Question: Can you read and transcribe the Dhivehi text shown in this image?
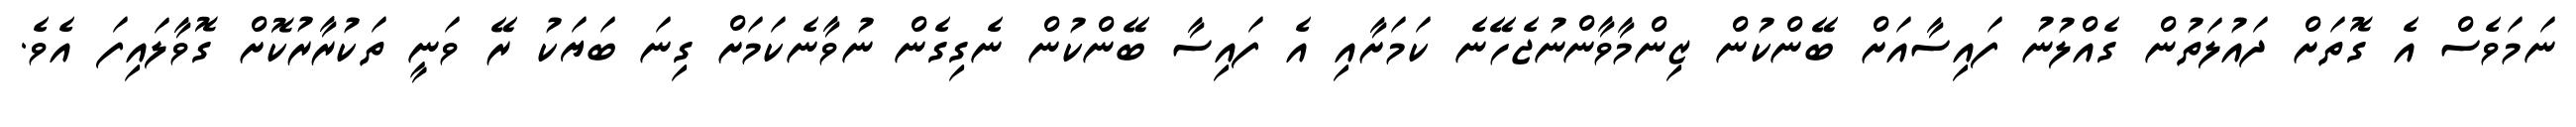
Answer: ނަމަވެސް އެ ގޮތަށް ދައުލަތުން ގެއްލުނު ފައިސާއަށް ބޭންކުން ޒިންމާވާންނުޖެހޭނެ ކަމަށާއި އެ ފައިސާ ބޭންކުން ނެގިގެން ނުވާނެކަމަށް ގިނަ ބަޔަކު ރޭ ވަނީ ތަކުރާރުކޮށް ގޮވާލައިފަ އެވެ.